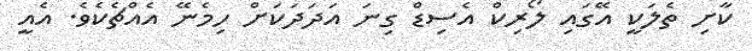
ކާށި ތެލަކީ އޭގައި ލޯރިކް އެސިޑް ގިނަ އަދަދަކަށް ހިމެނޭ އެއްޗެކެވެ. އެއީ